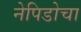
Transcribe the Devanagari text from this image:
नेपिडोचा